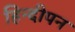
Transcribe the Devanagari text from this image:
हिन्दीपन